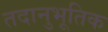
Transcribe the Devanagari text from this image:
तदानुभूतिक